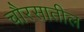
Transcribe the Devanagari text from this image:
चौरसातील